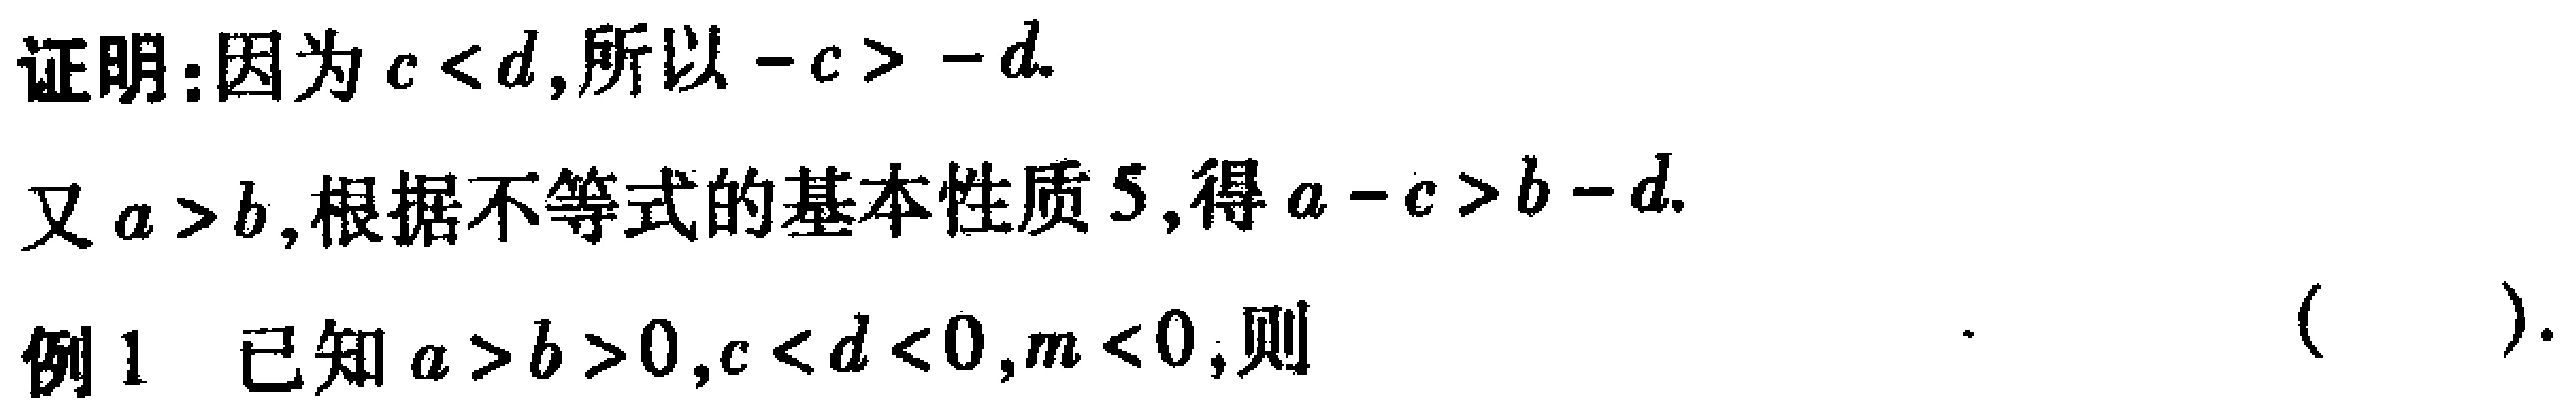
证明：因为\(c < d\)，所以\(-c > -d\)。

又\(a > b\)，根据不等式的基本性质5，得\(a - c > b - d\)。

例1 已知\(a > b > 0\)，\(c < d < 0\)，\(m < 0\)，则  （  ）.